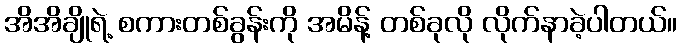
အိအိချိုရဲ့ စကားတစ်ခွန်းကို အမိန့် တစ်ခုလို လိုက်နာခဲ့ပါတယ်။